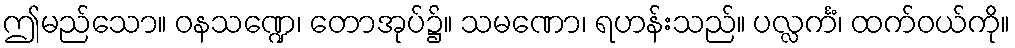
ဤမည်သော။ ဝနသဏ္ဍေ၊ တောအုပ်၌။ သမဏော၊ ရဟန်းသည်။ ပလ္လင်္ကံ၊ ထက်ဝယ်ကို။